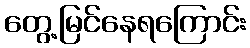
တွေ့မြင်နေရကြောင်း